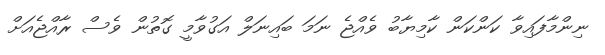
ނިންމާފައިވާ ކަންކަން ކާމިޔާބު ވެއްޖެ ނަމަ ބައިނަލް އަގުވާމީ ގޮތުން ވެސް ރާއްޖެއަށް